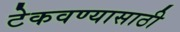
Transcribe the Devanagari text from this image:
टेकवण्यासाठी